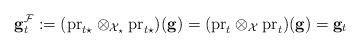
LaTeX: \begin{align*} \mathbf{g}_t^\mathcal{F}:=(\mathrm{pr}_{t\star}\otimes_{\mathcal{X}_\star} \mathrm{pr}_{t\star})(\mathbf{g}) =(\mathrm{pr}_{t}\otimes_{\mathcal{X}} \mathrm{pr}_{t})(\mathbf{g}) =\mathbf{g}_t\end{align*}